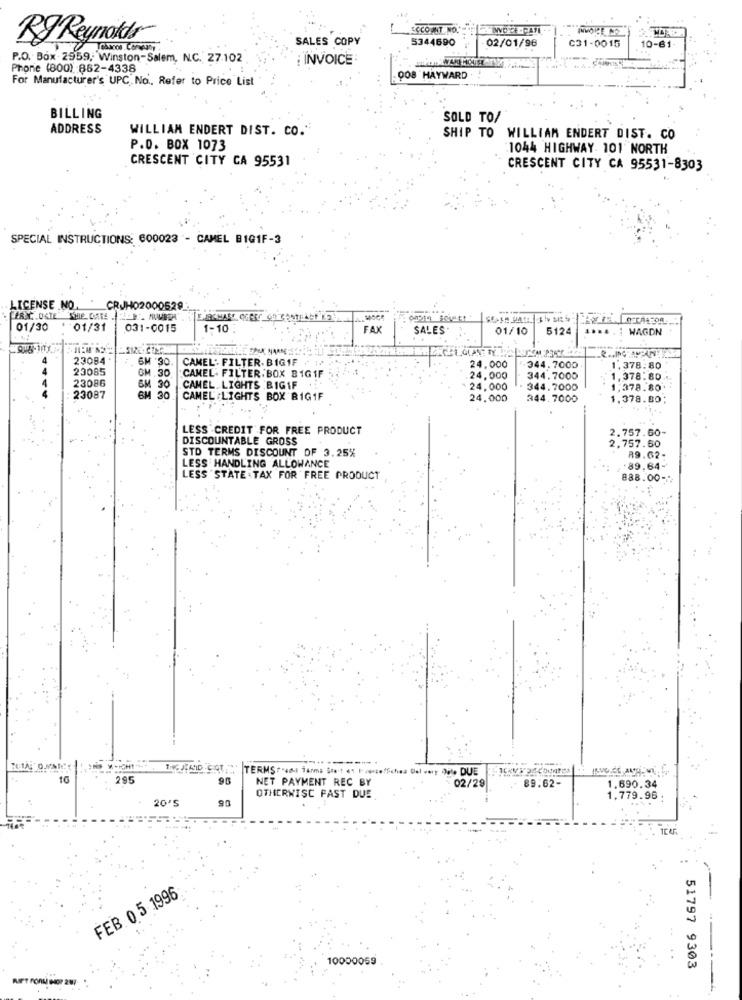
ECCOAT.NO.
RJ Reynolds
SALES COPY
5344690
02/01/96
C31-0015
10-61-
P.O. Box 2959, Winston-Salem, N.C. 27.102
INVOICE
Phone (800) 852-4338
For Manufacturer's UPC No .. Refer to Price List
008 HAYWARD
BILLING
SOLD TO/
ADDRESS
WILLIAM ENDERT DIST. CO."
SHIP TO WILLIAM ENDERT DIST. CO
P.D. BOX 1073
1044 HIGHWAY 101 NORTH
CRESCENT CITY CA 95531
CRESCENT CITY CA 95531-8303
SPECIAL INSTRUCTIONS: 600023 - CAMEL BIG1F-3
LICENSE .NO.
CRUH
629
01/30
01/31
031-0015
1-10
FAX
SALES.
01/10
5124
WAGON
23084
6M '30
CAMEL- FILTER. BIG1F
23085
GM , 30
CAMEL. FILTER BOX B1G 1F
24.000
344,7000
1,378.80
23086
24,000
344.7000
1,378.80
23087
30
CAMEL. LIGHTS BIG1F
24.000
344.7000
1,378.80
6M 30
CAMEL :LIGHTS BOX BIG1F
24.000
344.7000
1.378.80
LESS CREDIT FOR FREE PRODUCT
2.757.60
DISCOUNTABLE GROSS
STD TERMS DISCOUNT OF 3.25%
2,757.60
89.62-
LESS HANDLING ALLOWANCE
.89.64-
LESS "STATE TAX FOR FREE PRODUCT
888.00 -..
TERMS "-sms Terms Ste't 61 I vesse"Sches Del very OFle DUE
16
295
90
NET PAYMENT REC BY
02/29
89.62-
1.690.34
20'S
90
OTHERWISE FAST DUE
1,779.96
FEB 0 5 1996
51797 9303